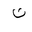
Letter: _non